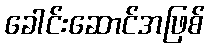
ခေါင်းဆောင်အဖြစ်